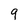
Character: 9